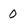
Character: 0